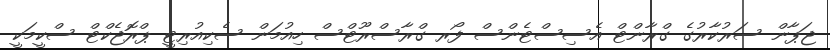
ޖަޕާން ސަރުކާރުގެ ގްރާންޓް އެސިސްޓެންސް ފޯރ ގްރާސްރޫޓްސް ހިއުމަން ސެކިއުރިޓީ ޕްރޮޖެކްޓް ސްކީމަކީ